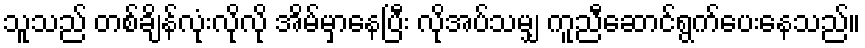
သူသည် တစ်ချိန်လုံးလိုလို အိမ်မှာနေပြီး လိုအပ်သမျှ ကူညီဆောင်ရွက်ပေးနေသည်။